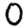
Digit: 0